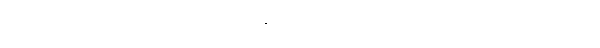
အဖြစ်ကြောင့်လျှင်။ န ပူရတိ၊ မပြည့်နိုင်။ ဧကမေကာယ ဣတ္ထိယာ၊ တစ်ယောက်သော